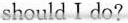
should I do?